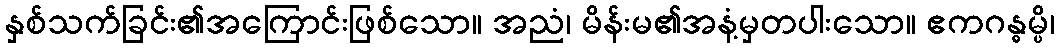
နှစ်သက်ခြင်း၏အကြောင်းဖြစ်သော။ အညံ၊ မိန်းမ၏အနံ့မှတပါးသော။ ဧကဂန္ဓမ္ပိ၊